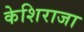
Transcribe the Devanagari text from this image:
केशिराजा